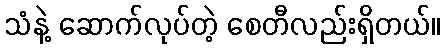
သံနဲ့ ဆောက်လုပ်တဲ့ စေတီလည်းရှိတယ်။